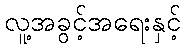
လူ့အခွင့်အရေးနှင့်